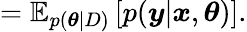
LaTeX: =\mathbb{E}_{p(\boldsymbol{\theta}|D)}\left[p(\boldsymbol{y}|\boldsymbol{x},\boldsymbol{\theta})\right].